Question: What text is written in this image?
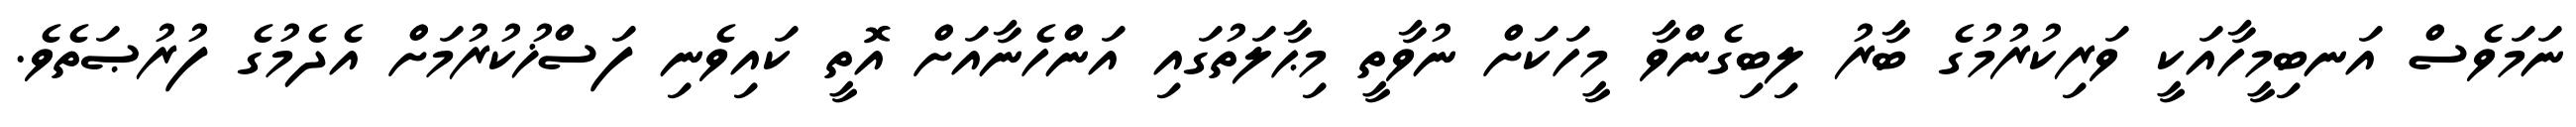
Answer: ނަމަވެސް އަނބިމީހާއަކީ ވަރިކުރުމުގެ ބާރު ލިބިގެންވާ މީހަކަށް ނުވާތީ މިޙާލަތުގައި އަންހެނާއަށް އޮތީ ކައިވެނި ފަސްޚުކުރުމަށް އެދެމުގެ ފުރުޞަތެވެ.